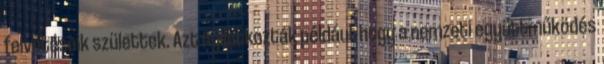
felvetéseik születtek. Azt nyilatkozták például, hogy a nemzeti együttműködés